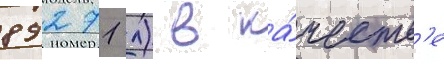
89271 л) в ка́честв'е